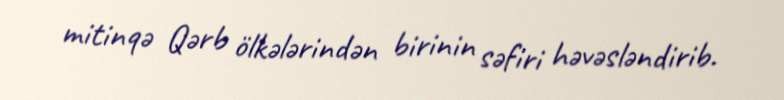
mitinqə Qərb ölkələrindən birinin səfiri həvəsləndirib.